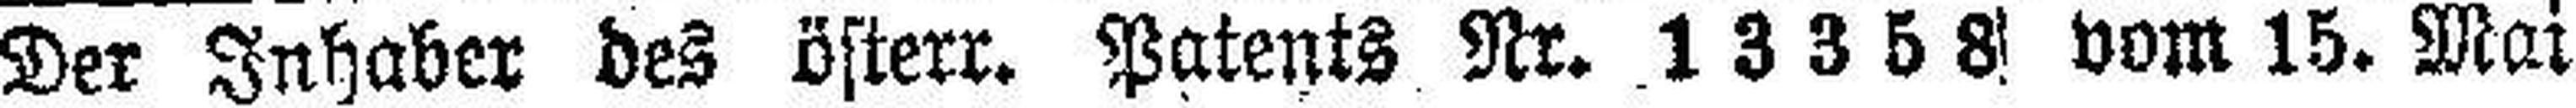
Der Inhaber des österr. Patents Nr. 13358 vom 15. Mai